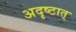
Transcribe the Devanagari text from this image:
अदृष्टात्